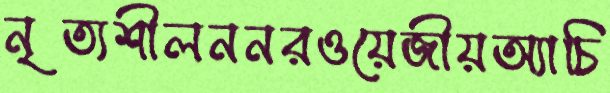
নৃত্যশীলননরওয়েজীয়অ্যাচি